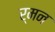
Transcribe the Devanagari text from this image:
र्मन